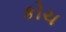
કોચ